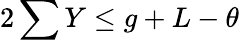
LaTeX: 2\sum Y\leq g+L-\theta